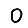
Digit: 0